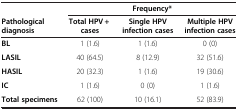
<table><thead><tr><td><b> </b></td><td colspan="3"><b>Frequency*</b></td></tr><tr><td><b>Pathological diagnosis</b></td><td><b>Total HPV + cases</b></td><td><b>Single HPV infection cases</b></td><td><b>Multiple HPV infection cases</b></td></tr></thead><tbody><tr><td><b>BL</b></td><td>1 (1.6)</td><td>1 (1.6)</td><td>0 (0)</td></tr><tr><td><b>LASIL</b></td><td>40 (64.5)</td><td>8 (12.9)</td><td>32 (51.6)</td></tr><tr><td><b>HASIL</b></td><td>20 (32.3)</td><td>1 (1.6)</td><td>19 (30.6)</td></tr><tr><td><b>IC</b></td><td>1 (1.6)</td><td>0 (0)</td><td>1 (1.6)</td></tr><tr><td><b>Total specimens</b></td><td>62 (100)</td><td>10 (16.1)</td><td>52 (83.9)</td></tr></tbody></table>